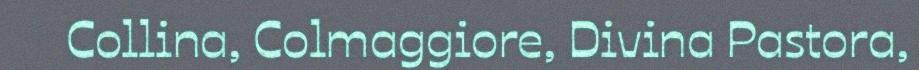
Collina, Colmaggiore, Divina Pastora,